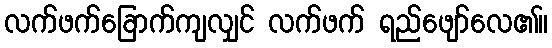
လက်ဖက်ခြောက်ကျလျှင် လက်ဖက် ရည်ဖျော်လေ၏။